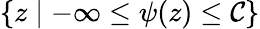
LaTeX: \{ z\mid-\infty\leq\psi(z)\leq\mathcal{C}\}